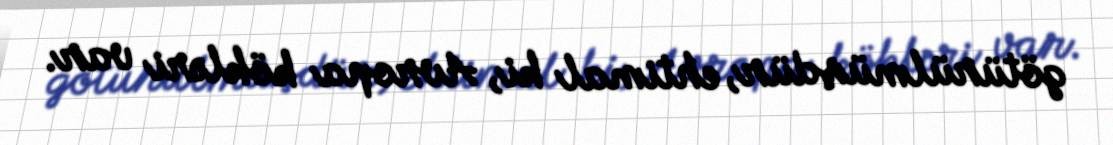
götürülmüşdür, ehtimal ki, Avropa kökləri var.